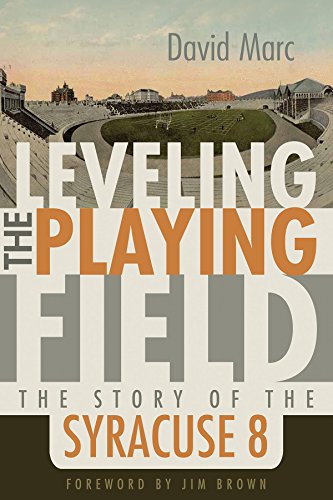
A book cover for Leveling the Playing Field: The Story of the Syracuse Eight (Sports and Entertainment); David Marc; Sports & Outdoors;